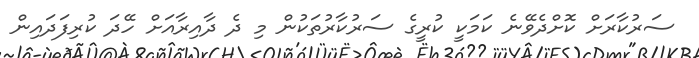
ސަރުކާރަށް ކޮށްދެވޭނެ ކަމަކީ ކުރީގެ ސަރުކާރުތަކުން މި ދެ ދާއިރާއަށް ހޭދަ ކުރިފަދައިން